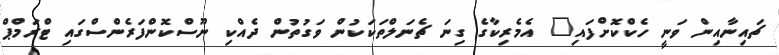
ޗައިނާއިން ވަނީ ހެކްކޮށްފައި" އެމެރިކާގެ ގިނަ ޗެނަލްތަކަކުން ވަގުތުން ދެއްކި ނޫސްކޮންފަރެންސްގައި ޓްރަމްޕް